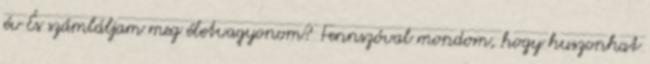
év És számláljam meg életvagyonom? Fennszóval mondom, hogy huszonhat